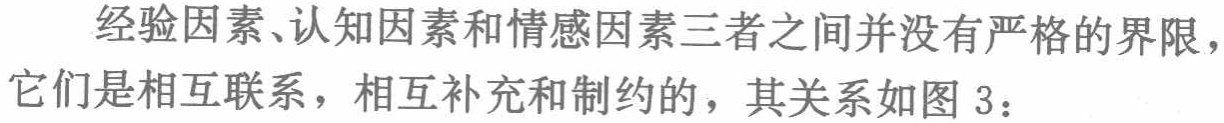
经验因素、认知因素和情感因素三者之间并没有严格的界限，它们是相互联系，相互补充和制约的，其关系如图 3：